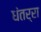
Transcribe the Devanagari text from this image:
धंतर्रा